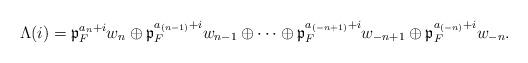
LaTeX: \begin{align*}\Lambda(i)=\mathfrak{p}_F^{a_{n}+i}w_n\oplus\mathfrak{p}_F^{a_{(n-1)}+i}w_{n-1}\oplus\cdots\oplus \mathfrak{p}_F^{a_{(-n+1)}+i}w_{-n+1}\oplus \mathfrak{p}_F^{a_{(-n)}+i}w_{-n}.\end{align*}